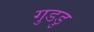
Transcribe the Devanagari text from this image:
गुडडु